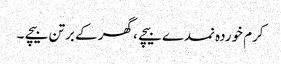
کرم خوردہ نمدے بیچے ، گھر کے برتن بیچے ۔